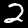
Label: 2